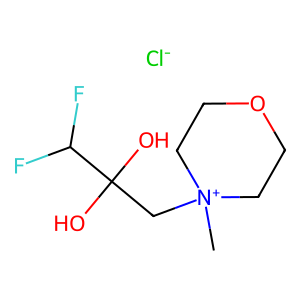
SMILES: C[N+]1(CC(O)(O)C(F)F)CCOCC1.[Cl-]
Inhibits HIV replication: No